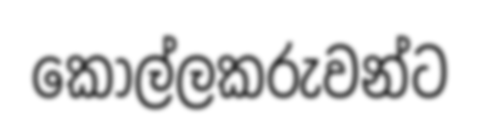
කොල්ලකරුවන්ට